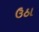
ઉઠા